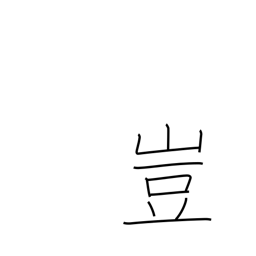
Meaning: an interjection of surprise